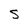
Character: S